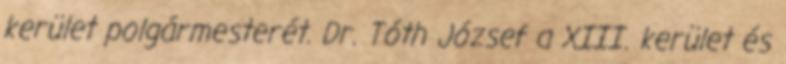
kerület polgármesterét. Dr. Tóth József a XIII. kerület és